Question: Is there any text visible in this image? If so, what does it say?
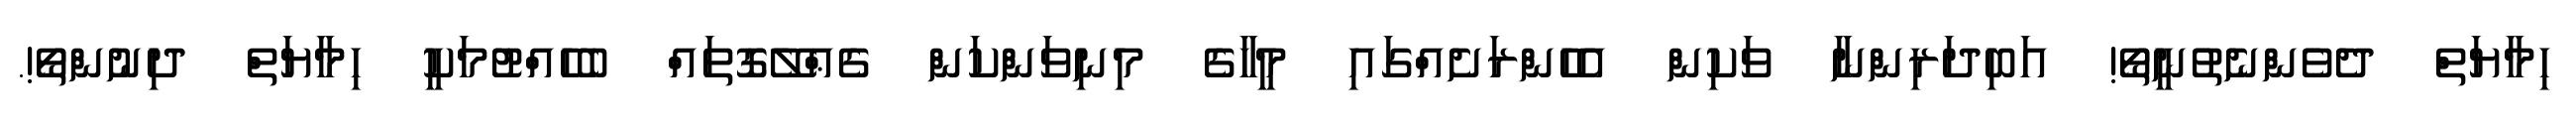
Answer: ހިމާޔަތް ދެވެންނެތުނީތޯ! އަބިދަރިންނާ ވަކިން އެހެންރަށެއްގައި މީހާގެ މިނިވަންކަން ގެޢްލޭގޮތައް ބެހެއްޓުމަކީ ހިމާޔަތް ދިނުންތޯ!.